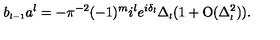
b _ { \scriptscriptstyle { l - 1 } } a ^ { l } = - \pi ^ { - 2 } ( - 1 ) ^ { m } i ^ { l } e ^ { i \delta _ { \scriptscriptstyle { l } } } \Delta _ { \scriptscriptstyle { l } } ( 1 + \mathrm { O } ( \Delta _ { \scriptscriptstyle { l } } ^ { 2 } ) ) .